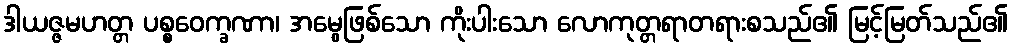
ဒါယဇ္ဇမဟတ္တ ပစ္စဝေက္ခဏာ၊ အမွေဖြစ်သော ကိုးပါးသော လောကုတ္တရာတရားစသည်၏ မြင့်မြတ်သည်၏